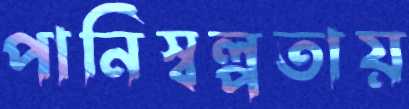
পানিস্বল্পতায়